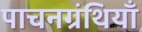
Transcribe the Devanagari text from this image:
पाचनग्रंथियाँ